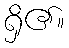
ရှိ၏။